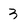
Character: 3